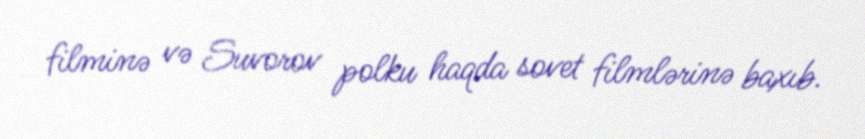
filminə və Suvorov polku haqda sovet filmlərinə baxıb.